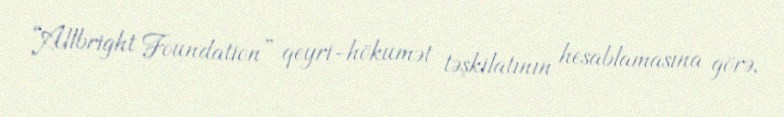
“Allbright Foundation” qeyri-hökumət təşkilatının hesablamasına görə,